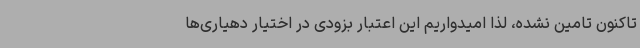
تاکنون تامین نشده، لذا امیدواریم این اعتبار بزودی در اختیار دهیاری‌ها